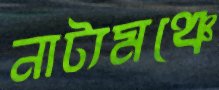
নাট্যমঞ্চে